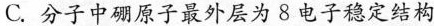
C.分子中硼原子最外层为8电子稳定结构